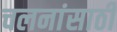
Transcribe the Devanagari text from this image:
चलनांसाठी